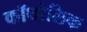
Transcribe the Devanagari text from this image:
कॉथोलिक